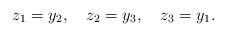
LaTeX: \begin{align*} z_{1} = y_{2},~~~ z_{2}= y_{3},~~~ z_{3}= y_{1}. \end{align*}